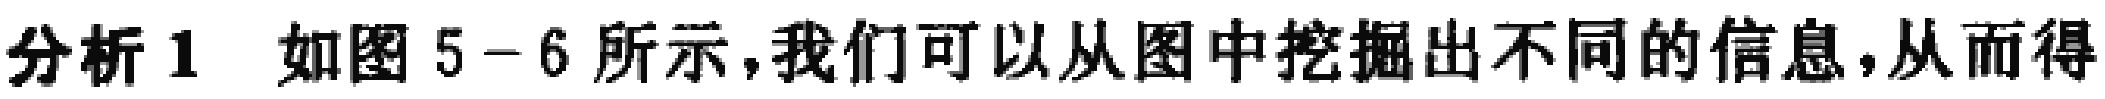
分析 1 如图 5-6 所示,我们可以从图中挖掘出不同的信息,从而得